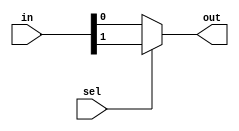
module test (
input [1:0] in,
input sel,
output out
);
assign out = sel ? in[1] : in[0];

endmodule